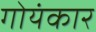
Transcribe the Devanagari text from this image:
गोयंकार